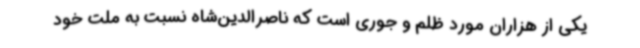
یکی از هزاران مورد ظلم و جوری است که ناصرالدین‌شاه نسبت به ملت خود